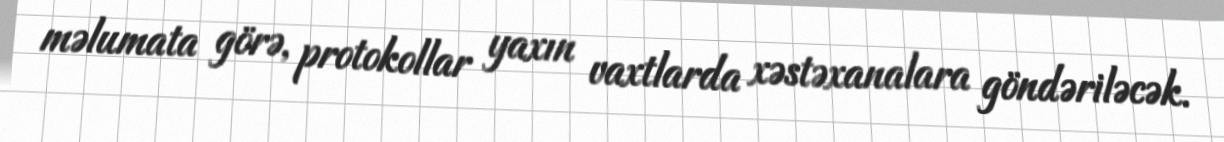
məlumata görə, protokollar yaxın vaxtlarda xəstəxanalara göndəriləcək.